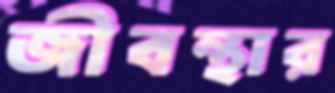
জীবন্থার